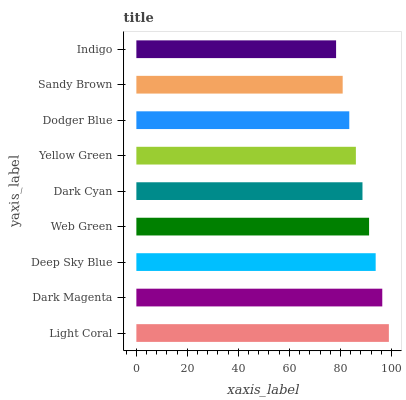
| yaxis_label | bars |
 | --- | --- |
 | Light Coral | 99 |
 | Dark Magenta | 96.4 |
 | Deep Sky Blue | 93.8 |
 | Web Green | 91.2 |
 | Dark Cyan | 88.7 |
 | Yellow Green | 86.1 |
 | Dodger Blue | 83.5 |
 | Sandy Brown | 80.9 |
 | Indigo | 78.3 |